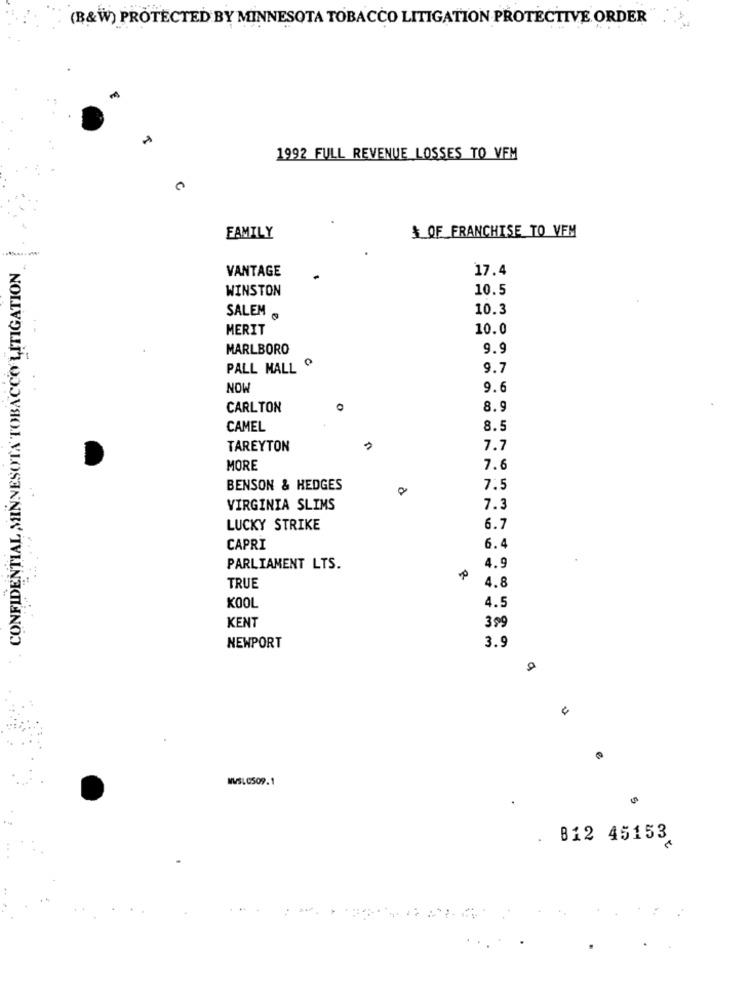
(B&W) PROTECTED BY MINNESOTA TOBACCO LITIGATION PROTECTIVE ORDER
1992 FULL REVENUE LOSSES TO VEM
$_OF_FRANCHISE TO VFM
FAMILY
CONFIDENTIAL MINNESOTA TOBACCO LITIGATION
VANTAGE
17.4
WINSTON
10.5
SALEM
10.3
MERIT
10.0
MARLBORO
9.9
PALL MALL O
9.7
NOW
9.6
CARLTON
8.9
CAMEL
8.5
TAREYTON
7.7
MORE
7.6
BENSON & HEDGES
7.5
VIRGINIA SLIMS
7.3
LUCKY STRIKE
6.7
CAPRI
6.4
4.9
PARLIAMENT LTS.
4.8
TRUE
4.5
KOOL
KENT
3 00
3.9
NEWPORT
NWSLG509.1
B12 45153